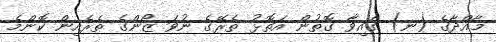
މާއްދާގެ (ނ) ގައިވާ ގޮތުން އަތޮޅު ތެރޭގެ ނުވަ ޒޯންގެ ތެރެއިން ކޮންމެ